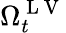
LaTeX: \Omega_{t}^{\mathrm{~L~V~}}